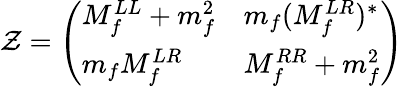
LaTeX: \mathcal{Z}=\left(\begin{array}{ll}{{M_{f}^{LL}+m_{f}^{2}}}&{{m_{f}(M_{f}^{LR})^{*}}}\\ {{m_{f}M_{f}^{LR}}}&{{M_{f}^{RR}+m_{f}^{2}}}\end{array}\right)